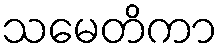
သမေတိကာ